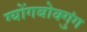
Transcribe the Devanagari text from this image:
ग्योंगबोक्गुंग